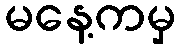
မနေ့ကမှ